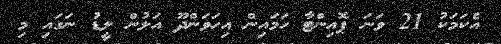
އެކަމަކު 21 ވަނަ ޕޮއިންޓާ ހަމައިން އިހަވަންދޫ އަލުން ލީޑު ނަގައި މި